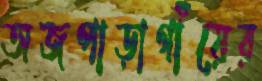
অজপাড়াগাঁয়ের